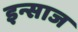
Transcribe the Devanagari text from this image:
इन्साज